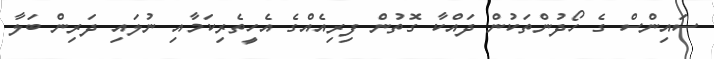
ސައިންސް ގެ ހޯދުންތަކުން ދައްކާ ގޮތުން ފިރިއެއްގެ އެހީތެރިކަމާއި ނުލައި ދަރިން ބަލާ